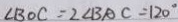
\angle B O C = 2 \angle B A C = 1 2 0 ^ { \circ }